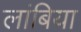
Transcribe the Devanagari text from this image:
लांबिया